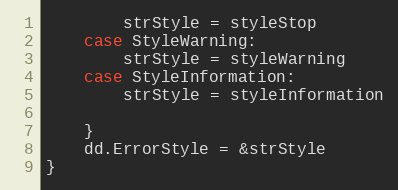
Language: Go
		strStyle = styleStop
	case StyleWarning:
		strStyle = styleWarning
	case StyleInformation:
		strStyle = styleInformation

	}
	dd.ErrorStyle = &strStyle
}